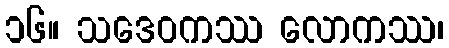
၁၆။ သဒေဝကဿ လောကဿ၊